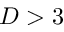
D > 3